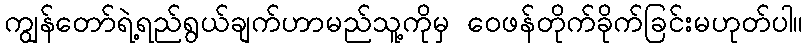
ကျွန်တော်ရဲ့ရည်ရွယ်ချက်ဟာမည်သူ့ကိုမှ ဝေဖန်တိုက်ခိုက်ခြင်းမဟုတ်ပါ။